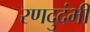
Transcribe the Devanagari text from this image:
रणदुदंभी